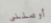
أوصلني